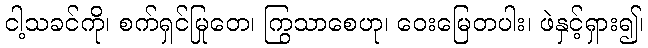
ငါ့သခင်ကို၊ စက်ရှင်မြုတေ၊ ကြွသာစေဟု၊ ဝေးမြေတပါး၊ ဖဲနှင့်ရှား၍၊